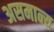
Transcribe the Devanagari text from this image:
असमान्‍य